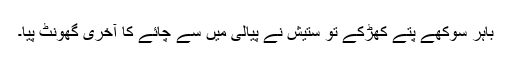
باہر سوکھے پتے کھڑکے تو ستیش نے پیالی میں سے چائے کا آخری گھونٹ پیا۔